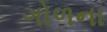
ગોળના